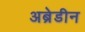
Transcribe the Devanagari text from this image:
अब्रेडीन